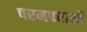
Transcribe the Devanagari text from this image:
परमपराओं